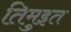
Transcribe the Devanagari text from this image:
तिमुइत